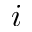
i